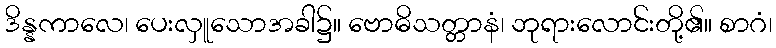
ဒိန္နကာလေ၊ ပေးလှူသောအခါ၌။ ဗောဓိသတ္တာနံ၊ ဘုရားလောင်းတို့၏။ စာဂံ၊